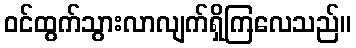
ဝင်ထွက်သွားလာလျက်ရှိကြလေသည်။